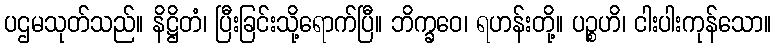
ပဌမသုတ်သည်။ နိဋ္ဌိတံ၊ ပြီးခြင်းသို့ရောက်ပြီ။ ဘိက္ခဝေ၊ ရဟန်းတို့။ ပဉ္စဟိ၊ ငါးပါးကုန်သော။